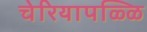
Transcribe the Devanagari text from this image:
चेरियापळ्ळि